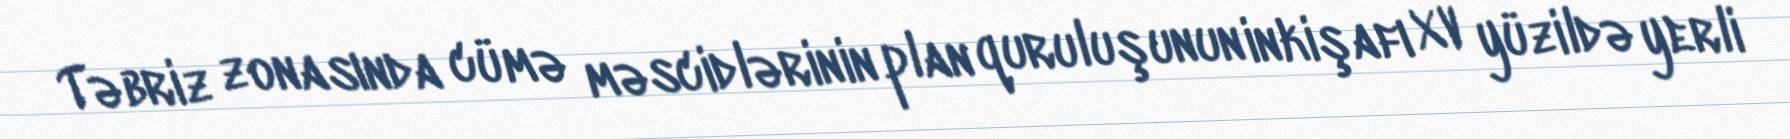
Təbriz zonasında cümə məscidlərinin plan quruluşunun inkişafı XV yüzildə yerli